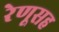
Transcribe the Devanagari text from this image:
रेणूसह